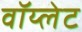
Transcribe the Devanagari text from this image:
वॉय्लेट